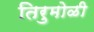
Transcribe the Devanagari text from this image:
तिरुमोळी